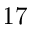
1 7